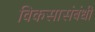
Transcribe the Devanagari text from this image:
विकसासंबंधी